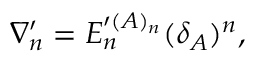
\nabla _ { n } ^ { \prime } = E _ { n } ^ { \prime ( A ) _ { n } } ( \delta _ { A } ) ^ { n } ,